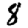
Digit: 8